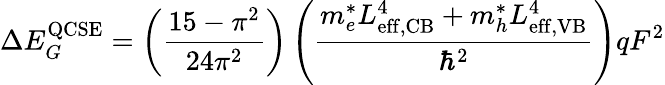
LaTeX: \Delta E_{G}^{\mathrm{QCSE}}=\left({\frac{15-\pi^{2}}{24\pi^{2}}}\right)\left({\frac{m_{e}^{*}L_{\mathrm{eff,CB}}^{4}+m_{h}^{*}L_{\mathrm{eff,VB}}^{4}}{\hbar^{2}}}\right)qF^{2}